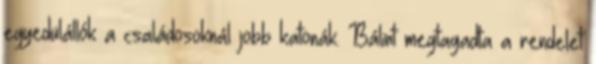
egyedülállók a családosoknál jobb katonák. Bálint megtagadta a rendelet